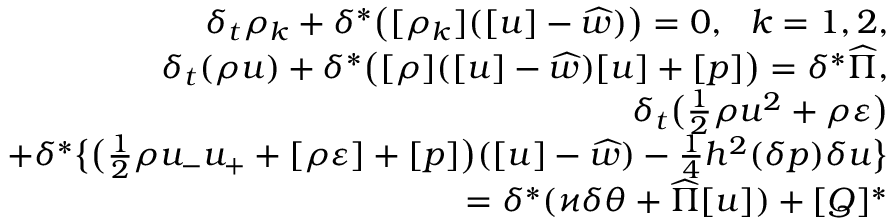
\begin{array} { r } { \delta _ { t } \rho _ { k } + \delta ^ { * } \big ( [ \rho _ { k } ] ( [ u ] - \widehat { w } ) \big ) = 0 , \ \ k = 1 , 2 , } \\ { \delta _ { t } ( \rho u ) + \delta ^ { * } \big ( [ \rho ] ( [ u ] - \widehat { w } ) [ u ] + [ p ] \big ) = \delta ^ { * } \widehat { \Pi } , } \\ { \delta _ { t } \big ( \frac 1 2 \rho u ^ { 2 } + \rho \varepsilon \big ) } \\ { + \delta ^ { * } \big \{ \big ( \frac 1 2 \rho u _ { - } u _ { + } + [ \rho \varepsilon ] + [ p ] \big ) ( [ u ] - \widehat { w } ) - \frac 1 4 h ^ { 2 } ( \delta p ) \delta u \big \} } \\ { = \delta ^ { * } ( \varkappa \delta \theta + \widehat { \Pi } [ u ] ) + [ Q ] ^ { * } } \end{array}